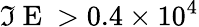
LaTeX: \Im\mathrm{~E~}>0.4\times 10^{4}